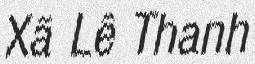
Xã Lê Thanh